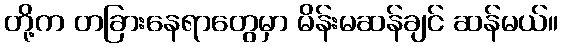
တို့က တခြားနေရာတွေမှာ မိန်းမဆန်ချင် ဆန်မယ်။